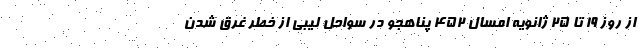
از روز 19 تا 25 ژانویه امسال 452 پناهجو در سواحل لیبی از خطر غرق شدن